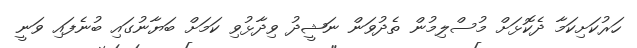
ހަރުކަށިކަމާ ދެކޮޅަށް މުސްލިމުން ތެދުވަން ނަޝީދު ވިދާޅުވި ކަމަށް ބަޔާނުގައި ބުނެފައި ވަނީ